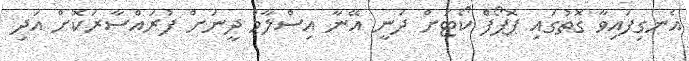
އެނގިފައިވާ ގޮތުގައި ޕޮޕޯފް ކޯޓަށް ދަނީ އޭނާ އިސްލާމް ދީނަށް ފުރައްސާރަކޮށް އަދި